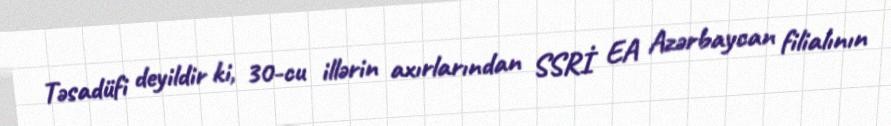
Təsadüfi deyildir ki, 30-cu illərin axırlarından SSRİ EA Azərbaycan filialının